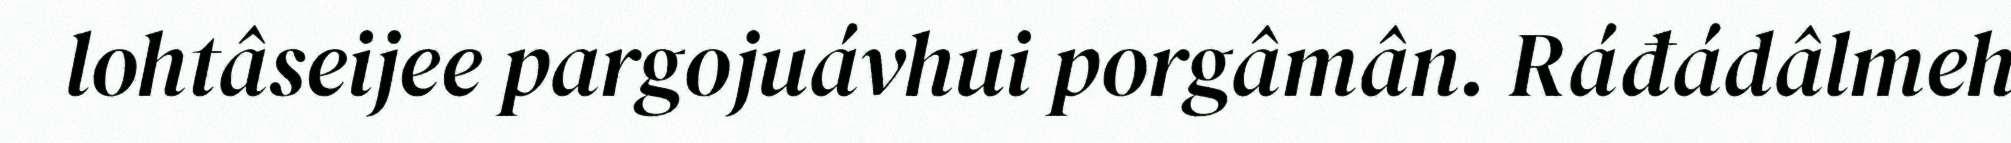
lohtâseijee pargojuávhui porgâmân. Ráđádâlmeh